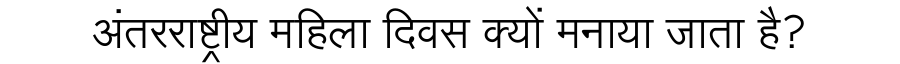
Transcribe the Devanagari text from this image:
अंतरराष्ट्रीय महिला दिवस क्यों मनाया जाता है?